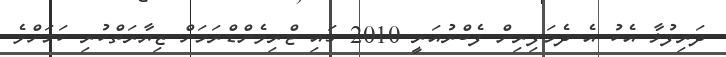
ދަރިފުޅާ އެކު އެ ދެމަފިރިން ފެބްރުއަރީ 2010 ގައި ޓްރިވެންޑްރަމަށް ޒިޔާރަތްކުރި ކަމަށްވެ